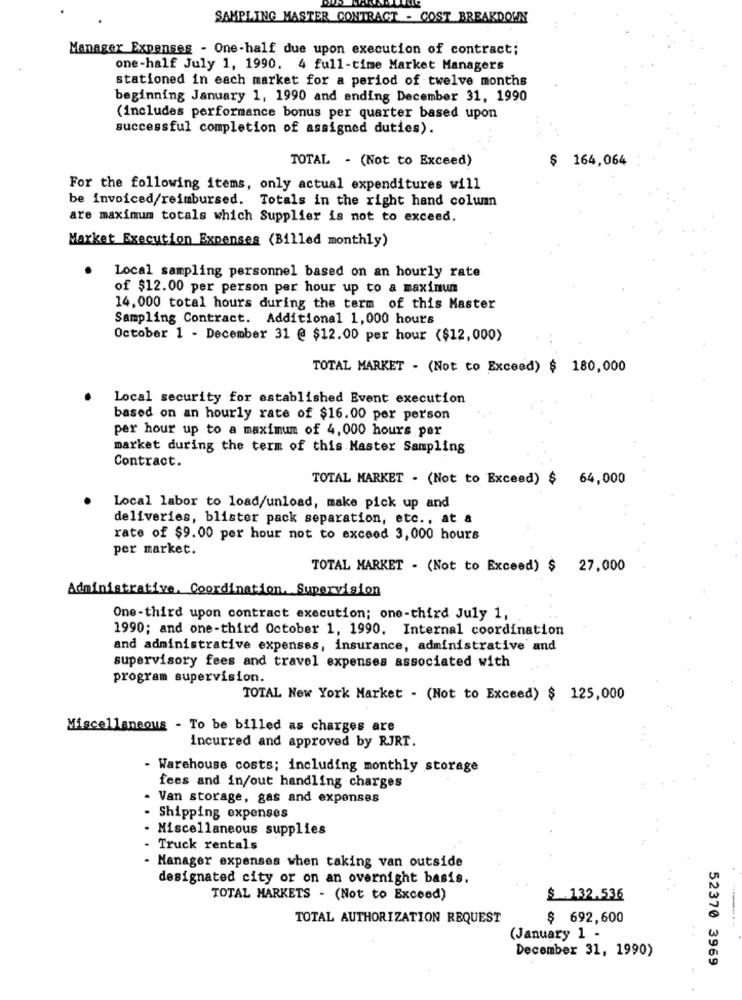
SAMPLING MASTER CONTRACT - COST BREAKDOWN
Manager Expenses - One-half due upon execution of contract;
one-half July 1, 1990. 4 full-time Market Managers
stationed in each market for a period of twelve months
beginning January 1, 1990 and ending December 31, 1990
(includes performance bonus per quarter based upon
successful completion of assigned duties).
TOTAL - (Not to Exceed)
$ 164,064
For the following items, only actual expenditures will
be invoiced/reimbursed. Totals in the right hand column
are maximum totals which Supplier is not to exceed.
Market Execution Expenses (Billed monthly)
Local sampling personnel based on an hourly rate
of $12.00 per person per hour up to a maximum
14.000 total hours during the term of this Master
Sampling Contract. Additional 1,000 hours
October 1 - December 31 @ $12.00 per hour ($12,000)
TOTAL MARKET - (Not to Exceed) $ 180,000
Local security for established Event execution
based on an hourly rate of $16.00 per person
per hour up to a maximum of 4, 000 hours per
market during the term of this Master Sampling
Contract.
TOTAL MARKET - (Not to Exceed) $ 64,000
Local labor to load/unload, make pick up and
deliveries, blister pack separation, etc ., at a
rate of $9.00 per hour not to exceed 3,000 hours
per market.
TOTAL MARKET - (Not to Exceed) $ 27,000
Administrative. Coordination. Supervision
One-third upon contract execution; one-third July 1,
1990; and one-third October 1, 1990. Internal coordination
and administrative expenses, insurance, administrative and
supervisory fees and travel expenses associated with
program supervision.
TOTAL New York Market . (Not to Exceed) $ 125,000
Miscellaneous - To be billed as charges are
incurred and approved by RJRT.
- Warehouse costs; including monthly storage
fees and in/out handling charges
Van storage, gas and expenses
Shipping expenses
Miscellaneous supplies
Truck rentals
Manager expenses when taking van outside
designated city or on an overnight basis.
TOTAL MARKETS - (Not to Exceed)
$ 132.536
TOTAL AUTHORIZATION REQUEST
$ 692,600
(January 1 -
December 31, 1990)
52370 3969